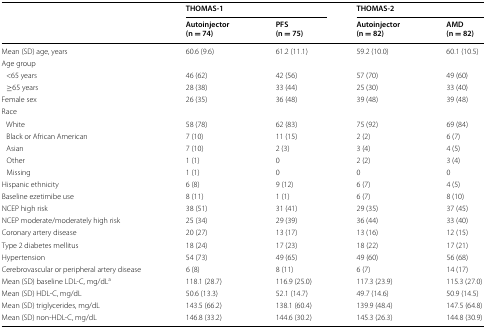
<table><thead><tr><td rowspan="2"></td><td colspan="2"><b>THOMAS-1</b></td><td colspan="2"><b>THOMAS-2</b></td></tr><tr><td><b>Autoinjector (n = 74)</b></td><td><b>PFS (n = 75)</b></td><td><b>Autoinjector (n = 82)</b></td><td><b>AMD (n = 82)</b></td></tr></thead><tbody><tr><td>Mean (SD) age, years</td><td>60.6 (9.6)</td><td>61.2 (11.1)</td><td>59.2 (10.0)</td><td>60.1 (10.5)</td></tr><tr><td colspan="5">Age group</td></tr><tr><td> &lt;65 years</td><td>46 (62)</td><td>42 (56)</td><td>57 (70)</td><td>49 (60)</td></tr><tr><td> ≥65 years</td><td>28 (38)</td><td>33 (44)</td><td>25 (30)</td><td>33 (40)</td></tr><tr><td>Female sex</td><td>26 (35)</td><td>36 (48)</td><td>39 (48)</td><td>39 (48)</td></tr><tr><td colspan="5">Race</td></tr><tr><td> White</td><td>58 (78)</td><td>62 (83)</td><td>75 (92)</td><td>69 (84)</td></tr><tr><td> Black or African American</td><td>7 (10)</td><td>11 (15)</td><td>2 (2)</td><td>6 (7)</td></tr><tr><td> Asian</td><td>7 (10)</td><td>2 (3)</td><td>3 (4)</td><td>4 (5)</td></tr><tr><td> Other</td><td>1 (1)</td><td>0</td><td>2 (2)</td><td>3 (4)</td></tr><tr><td> Missing</td><td>1 (1)</td><td>0</td><td>0</td><td>0</td></tr><tr><td>Hispanic ethnicity</td><td>6 (8)</td><td>9 (12)</td><td>6 (7)</td><td>4 (5)</td></tr><tr><td>Baseline ezetimibe use</td><td>8 (11)</td><td>1 (1)</td><td>6 (7)</td><td>8 (10)</td></tr><tr><td>NCEP high risk</td><td>38 (51)</td><td>31 (41)</td><td>29 (35)</td><td>37 (45)</td></tr><tr><td>NCEP moderate/moderately high risk</td><td>25 (34)</td><td>29 (39)</td><td>36 (44)</td><td>33 (40)</td></tr><tr><td>Coronary artery disease</td><td>20 (27)</td><td>13 (17)</td><td>13 (16)</td><td>12 (15)</td></tr><tr><td>Type 2 diabetes mellitus</td><td>18 (24)</td><td>17 (23)</td><td>18 (22)</td><td>17 (21)</td></tr><tr><td>Hypertension</td><td>54 (73)</td><td>49 (65)</td><td>49 (60)</td><td>56 (68)</td></tr><tr><td>Cerebrovascular or peripheral artery disease</td><td>6 (8)</td><td>8 (11)</td><td>6 (7)</td><td>14 (17)</td></tr><tr><td>Mean (SD) baseline LDL-C, mg/dL<sup>a</sup></td><td>118.1 (28.7)</td><td>116.9 (25.0)</td><td>117.3 (23.9)</td><td>115.3 (27.0)</td></tr><tr><td>Mean (SD) HDL-C, mg/dL</td><td>50.6 (13.3)</td><td>52.1 (14.7)</td><td>49.7 (14.6)</td><td>50.9 (14.5)</td></tr><tr><td>Mean (SD) triglycerides, mg/dL</td><td>143.5 (66.2)</td><td>138.1 (60.4)</td><td>139.9 (48.4)</td><td>147.5 (64.8)</td></tr><tr><td>Mean (SD) non-HDL-C, mg/dL</td><td>146.8 (33.2)</td><td>144.6 (30.2)</td><td>145.3 (26.3)</td><td>144.8 (30.9)</td></tr></tbody></table>